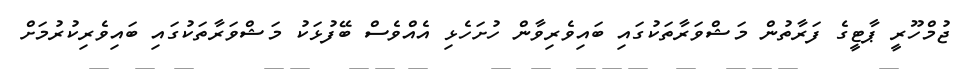
ޖުމްހޫރީ ޕާޓީގެ ފަރާތުން މަޝްވަރާތަކުގައި ބައިވެރިވާން ހުށަހެޅި އެއްވެސް ބޭފުޅަކު މަޝްވަރާތަކުގައި ބައިވެރިކުރުމަށް